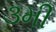
૩મી